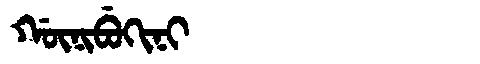
Manchu: ᡤᡡᠨᡳᠪᡠᡴᡳᠨᡳ
Romanization: GŪNIBUKINI